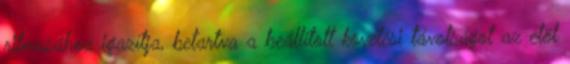
ritmusához igazítja, betartva a beállított követési távolságot az elöl